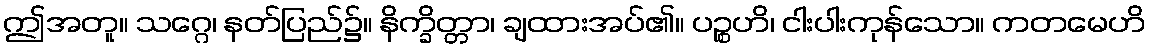
ဤအတူ။ သဂ္ဂေ၊ နတ်ပြည်၌။ နိက္ခိတ္တာ၊ ချထားအပ်၏။ ပဉ္စဟိ၊ ငါးပါးကုန်သော။ ကတမေဟိ